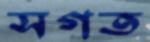
সগত